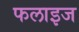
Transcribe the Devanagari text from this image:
फलाइज